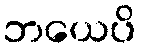
ဘယေပိ